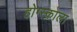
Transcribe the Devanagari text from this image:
होग्स्कोला